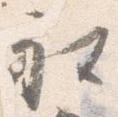
社